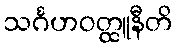
သင်္ဂဟဝတ္ထူနီတိ